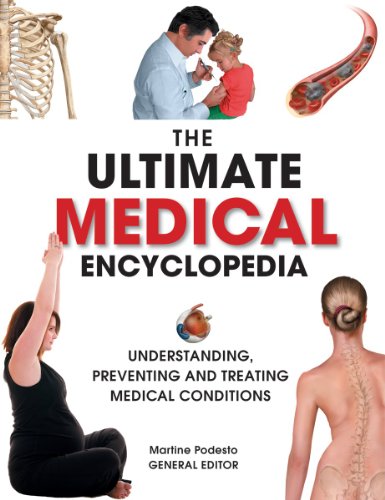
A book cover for The Ultimate Medical Encyclopedia: Understanding, Preventing, and Treating Medical Conditions; Health, Fitness & Dieting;